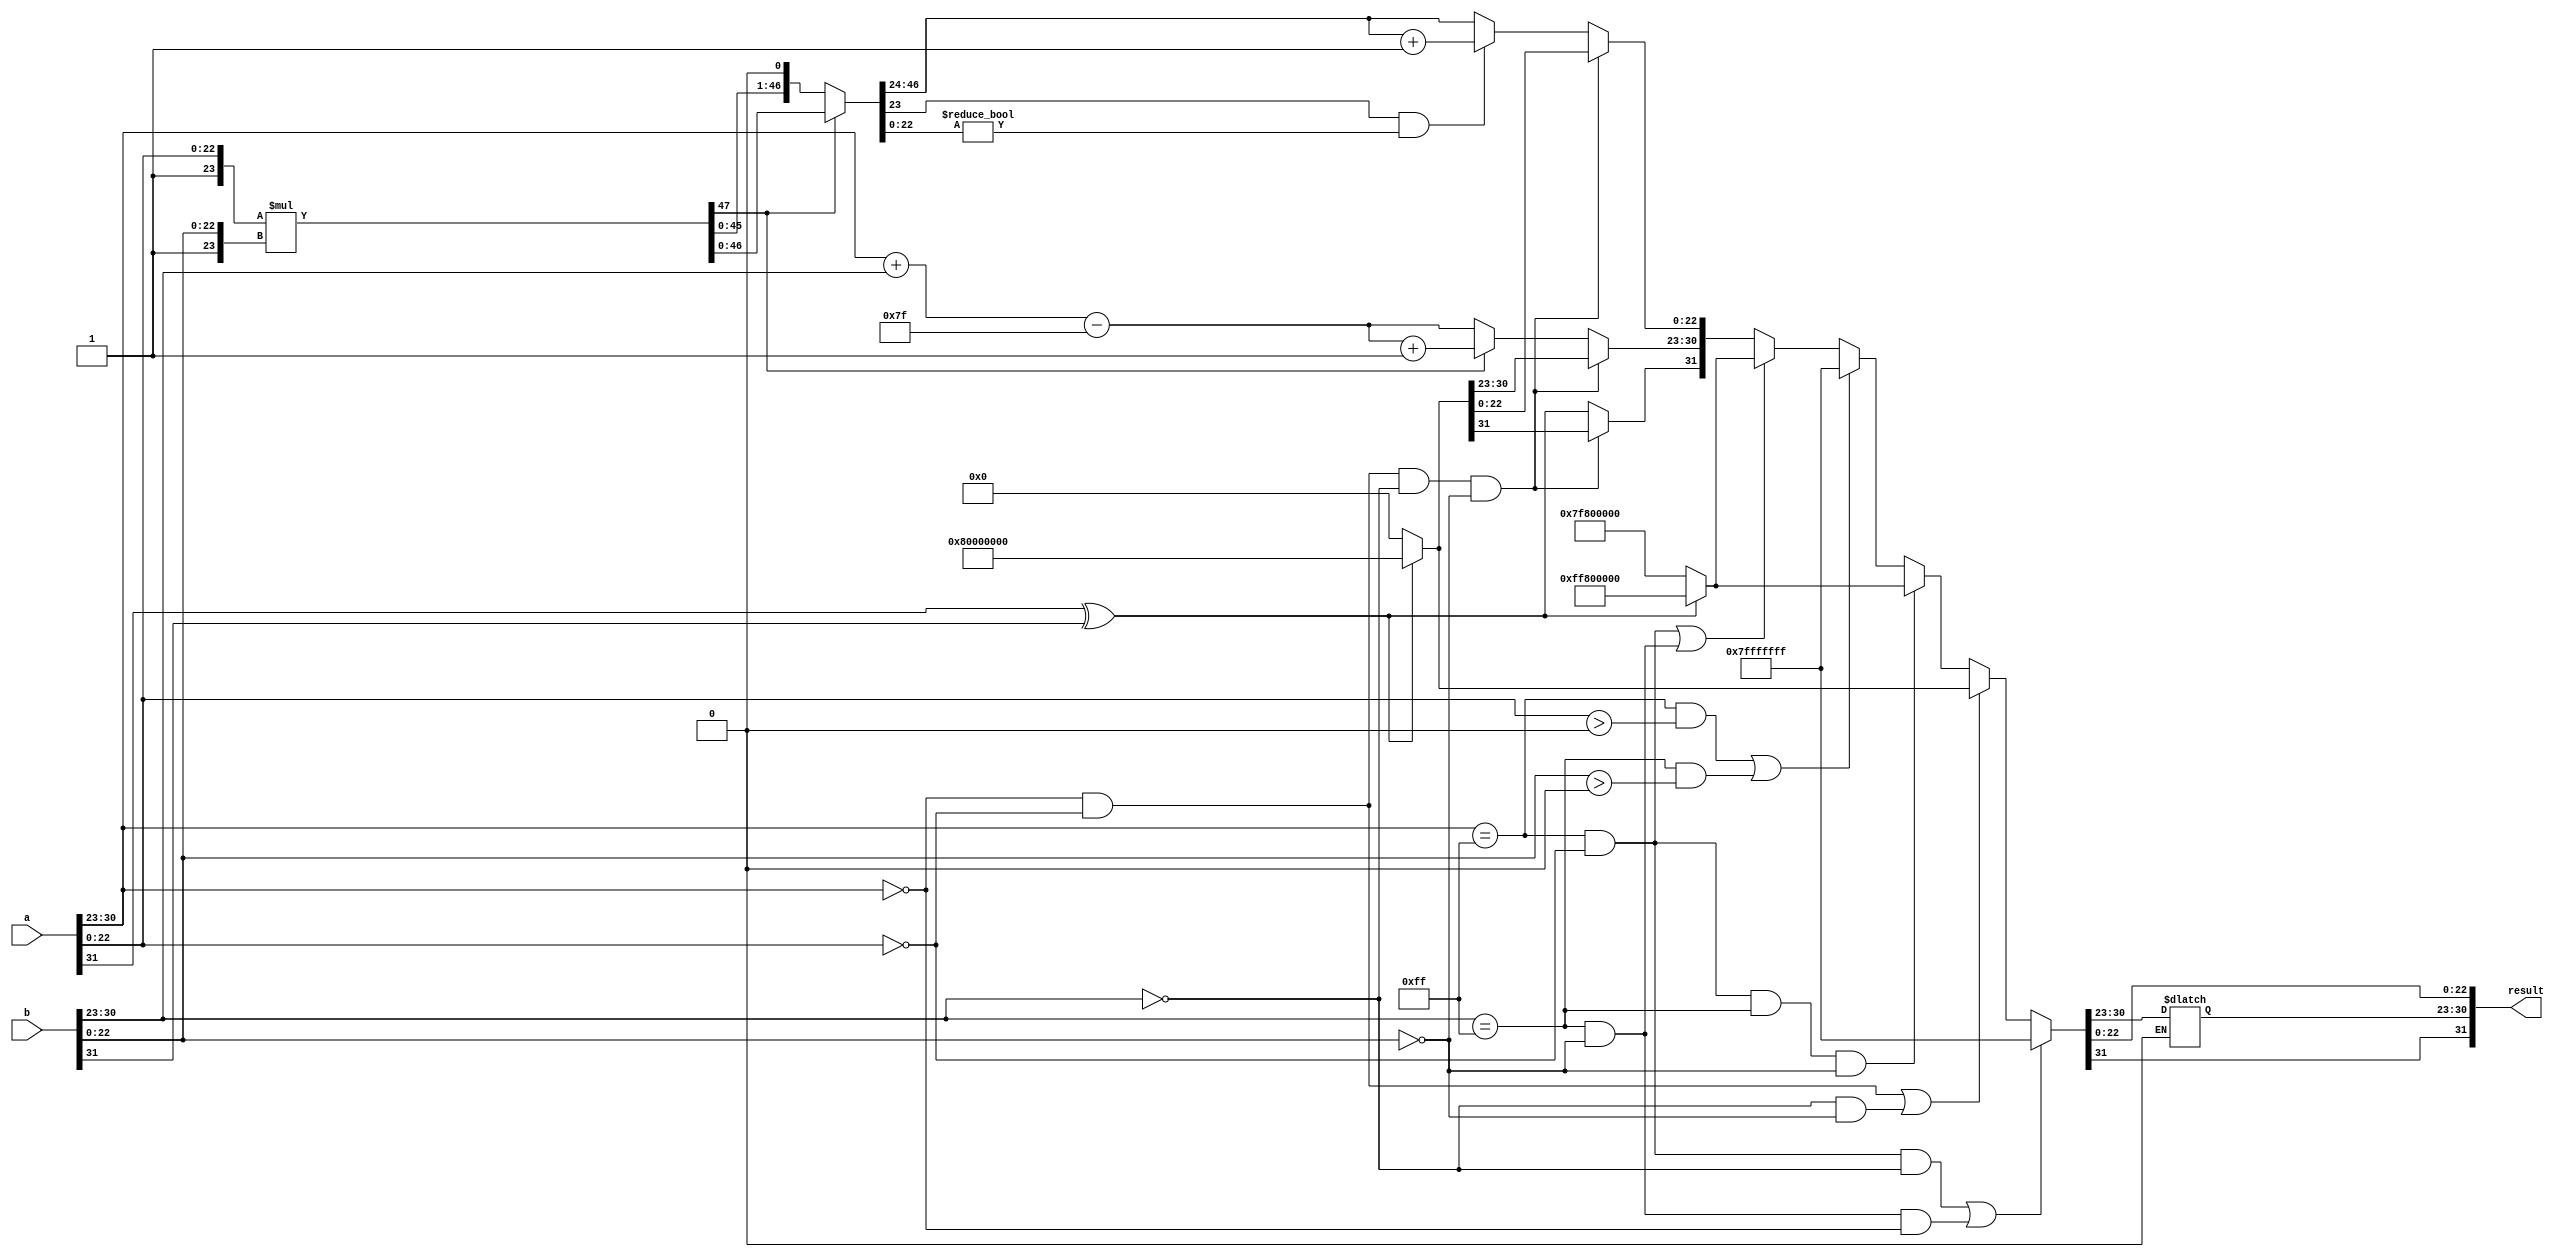
module ieee754_multiplier(
  input [31:0] a,
  input [31:0] b,
  output reg [31:0] result
);
  reg [7:0] exp_a, exp_b, exp_result;
  reg [47:0] frac_result; 
  reg sign_a, sign_b, sign_result; 

  always @(*) begin
    sign_a = a[31];
    exp_a = a[30:23];
    sign_b = b[31];
    exp_b = b[30:23]; 
    sign_result = sign_a ^ sign_b;
    result[31] = sign_result;
    exp_result = exp_a + exp_b - 127; 
    frac_result = {1'b1, a[22:0]} *{1'b1, b[22:0]};
     //$display ("fracttttttt %b", frac_result[47]);
    // Check for special cases
    if ((exp_a == 8'hFF && a[22:0] == 23'h000000 && exp_b == 8'h00) || 
        (exp_b == 8'hFF && b[22:0] == 23'h000000 && exp_a == 8'h00)) begin
      result = 32'h7fffffff;
 end 
    else if ((exp_a == 8'h00 && a[22:0] == 23'h000000) || (exp_b == 8'h00 && b[22:0] == 23'h000000)) begin
      result = (sign_a ^ sign_b) ? 32'h80000000:32'h00000000 ;
    end 
    else if (exp_a == 8'hFF && a[22:0] == 23'h000000 && exp_b == 8'hFF && b[22:0] == 23'h000000) begin
      result = (sign_a ^ sign_b) ? 32'hff800000 : 32'h7f800000;
    end 
    else if ((exp_a == 8'hFF && a[22:0] > 23'h000000) || (exp_b == 8'hFF && b[22:0] > 23'h000000)) begin
      result = 32'h7fffffff;
    end 
    else if ((exp_a == 8'hFF && a[22:0] == 23'h000000) || (exp_b == 8'hFF && b[22:0] == 23'h000000)) begin
      result = (sign_a ^ sign_b) ? 32'hff800000 : 32'h7f800000;
    end 
    else if (exp_a == 8'h00 && a[22:0] == 23'h000000 && exp_b == 8'h00 && b[22:0] == 23'h000000) begin
      result = (sign_a ^ sign_b) ? 32'h80000000:32'h00000000 ;
     end 
   else 
     begin 
    if (frac_result[47] == 1'b1) begin
      frac_result =  frac_result;
      exp_result = exp_result + 1;
      result[30:23] = exp_result ;
      //result[22:0]= frac_result[46:24];
    end 
     else if (frac_result[47] == 1'b0) begin 
	frac_result =  frac_result<<1;
        exp_result = exp_result;
        result[30:23] = exp_result ;
       // result[22:0]= frac_result[45:23];
    end
     if (frac_result[23] && (frac_result[22:0] != 0)) begin
	result [22:0]= frac_result[46:24] + 1'b1;  end
    else begin 
	result [22:0]= frac_result[46:24];  end
end
end
endmodule